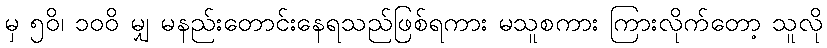
မှ ၅၀ိ၊ ၁၀၀ိ မျှ မနည်းတောင်းနေရသည်ဖြစ်ရကား မသူစကား ကြားလိုက်တော့ သူလို